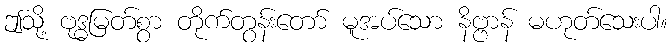
ဤသို့ ဗုဒ္ဓမြတ်စွာ တိုက်တွန်းတော် မူအပ်သော နိဗ္ဗာန် မဟုတ်သေးပါ။